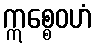
ဣစ္စေဝဟံ